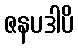
ဇနပဒါပိ